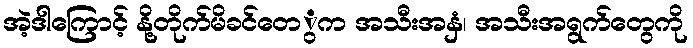
အဲ့ဒါကြောင့် နို့တိုက်မိခင်တေွက အသီးအနှံ၊ အသီးအရွက်တေွကို